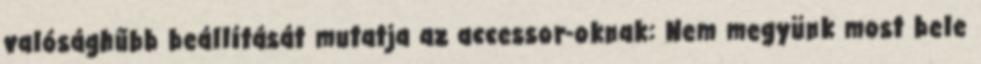
valósághűbb beállítását mutatja az accessor-oknak: Nem megyünk most bele